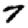
Digit: 7